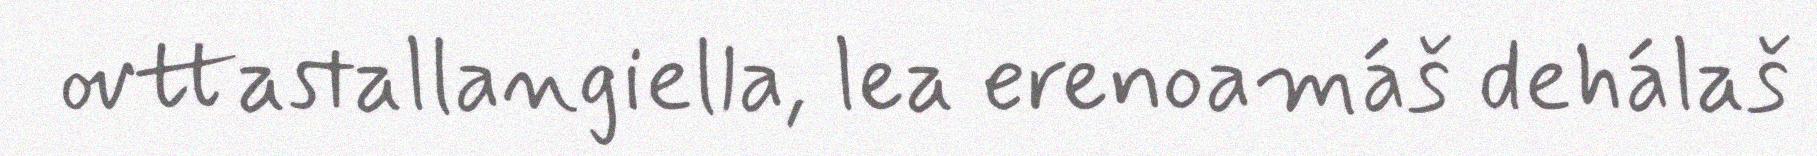
ovttastallangiella, lea erenoamáš dehálaš